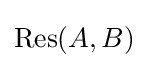
\operatorname {Res} (A,B)